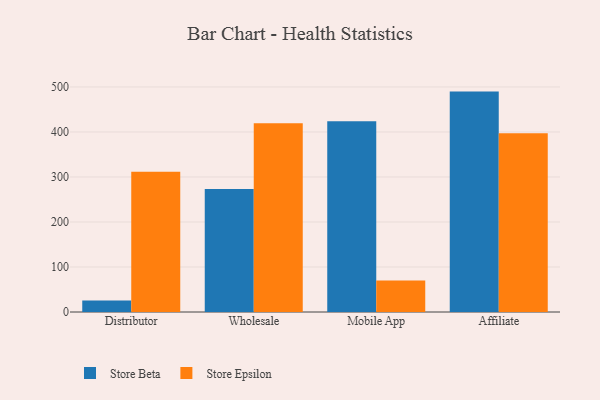
{"axis": {"x": "Channel", "y": "Bounce Rate (%)"}, "legend": ["Store Beta", "Store Epsilon"], "data": [{"x": "Distributor", "y": 25.3, "type": "Store Beta"}, {"x": "Distributor", "y": 311.4, "type": "Store Epsilon"}, {"x": "Wholesale", "y": 273.1, "type": "Store Beta"}, {"x": "Wholesale", "y": 419.6, "type": "Store Epsilon"}, {"x": "Mobile App", "y": 423.6, "type": "Store Beta"}, {"x": "Mobile App", "y": 69.9, "type": "Store Epsilon"}, {"x": "Affiliate", "y": 489.7, "type": "Store Beta"}, {"x": "Affiliate", "y": 397.2, "type": "Store Epsilon"}]}